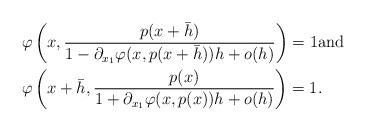
\begin{align*}&\varphi\left(x,\frac{p(x+\bar{h})}{1-\partial_{x_{1}}\varphi(x,p(x+\bar{h}))h+o(h)}\right)=1 \mbox{and}\\&\varphi\left(x+\bar{h},\frac{p(x)}{1+\partial_{x_{1}}\varphi(x,p(x))h+o(h)}\right)=1.\end{align*}